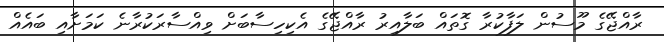
ރާއްޖޭގެ މޫސުން ލަފާކުރާ ގޮތައް ބަލާއިރު ރާއްޖޭގެ އެކިހިސާބަށް ވިއްސާރަކުރާނެ ކަމަށާއި ބައެއް